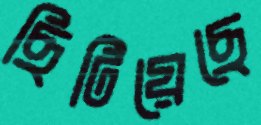
ছিটিয়েছে